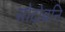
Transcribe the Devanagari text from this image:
सोदोबनि